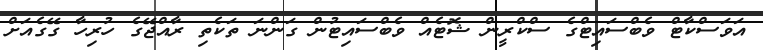
އަވަސްކާޓް ވެބްސައިޓްގެ ސްކްރީން ޝޮޓެއް ވެބްސައިޓުން ގަންނަ ތަކެތި ރާއްޖޭގެ ހުރިހާ ގޭގެއަށް